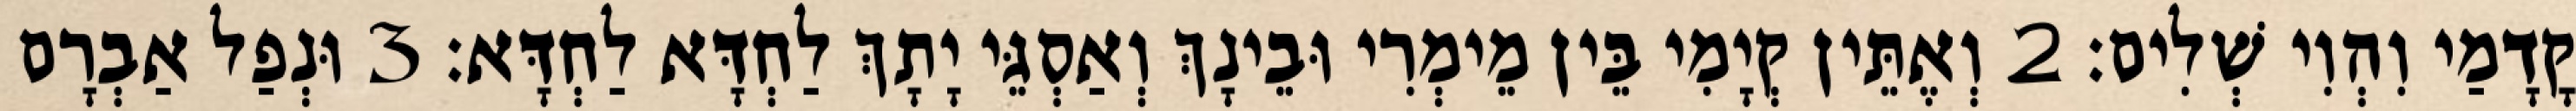
קֳדָמַי וִהְוִי שְׁלִים׃ 2 וְאֶתֵּין קְיָמִי בֵּין מֵימְרִי וּבֵינָךְ וְאַסְגֵּי יָתָךְ לַחְדָּא לַחְדָּא׃ 3 וּנְפַל אַבְרָם